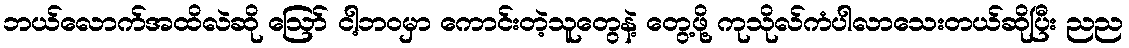
ဘယ်လောက်အထိလဲဆို ဪ ငါ့ဘဝမှာ ကောင်းတဲ့သူတွေနဲ့ တွေ့ဖို့ ကုသိုလ်ကံပါလာသေးတယ်ဆိုပြီး ညည